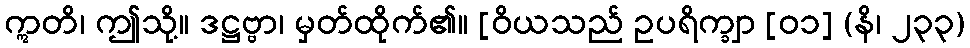
ဣတိ၊ ဤသို့။ ဒဋ္ဌဗ္ဗာ၊ မှတ်ထိုက်၏။ [ဝိယသည် ဥပရိက္ချာ [၀၁] (နိ၊ ၂၃၃)